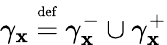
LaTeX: \gamma_{\mathbf{x}}\ {\overset{\underset{\mathrm{{def}}}{}}{=}}\ \gamma_{\mathbf{x}}^{-}\cup\gamma_{\mathbf{x}}^{+}